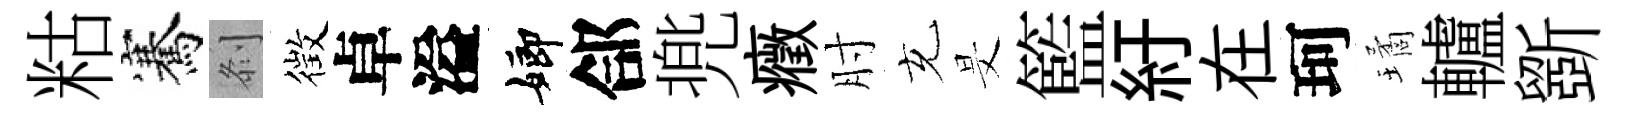
䊀騫𠛴徴卓溢嫏郃兠癥肘充旻籃紆在珂璚轤斵